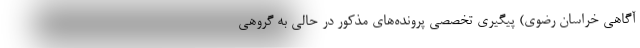
آگاهی خراسان رضوی) پیگیری تخصصی پرونده‌های مذکور در حالی به گروهی